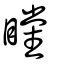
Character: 矘